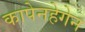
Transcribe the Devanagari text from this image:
कापेनहेगेन